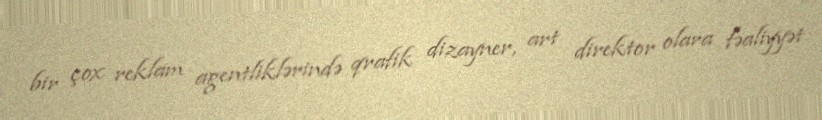
bir çox reklam agentliklərində qrafik dizayner, art direktor olara fəaliyyət